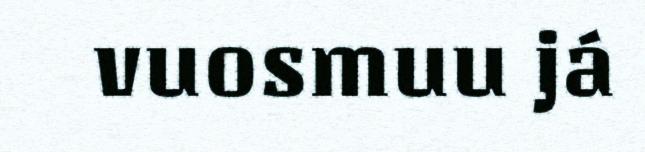
vuosmuu já